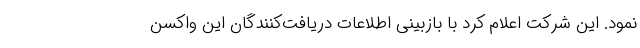
نمود. این شرکت اعلام کرد با بازبینی اطلاعات دریافت‌کنندگان این واکسن